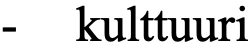
- kulttuuri